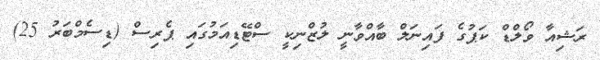
ރަޝިއާ ވޯލްޑް ކަޕުގެ ފައިނަލް ބާއްވާނީ ލުޒްނިކީ ސްޓޭޑިއަމުގައި ޕެރިސް (ޑިސެމްބަރު 25)